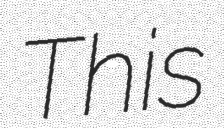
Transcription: This